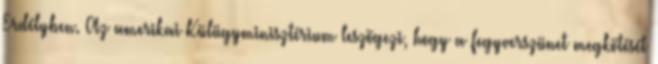
Erdélyben. Az amerikai Külügyminisztérium leszögezi, hogy a fegyverszünet megkötését